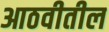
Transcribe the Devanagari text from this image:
आठवीतील